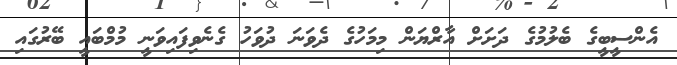
އެންސީބީގެ ބެލުމުގެ ދަށަށް އާރްޔަން މިމަހުގެ ދެވަނަ ދުވަހު ގެނެވިފައިވަނީ މުމްބައީ ބޭރުގައި